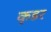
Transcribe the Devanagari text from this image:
कृडर